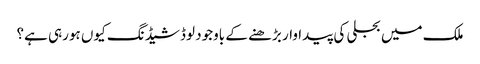
ملک میں بجلی کی پیداوار بڑھنے کے باوجود لوڈشیڈنگ کیوں ہورہی ہے؟